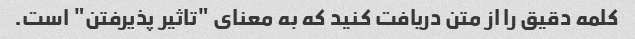
کلمه دقیق را از متن دریافت کنید که به معنای "تاثیر پذیرفتن" است.